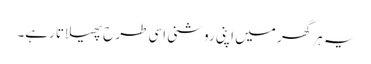
یہ ہر گھر میں اپنی روشنی اسی طرح پھیلاتا رہے۔